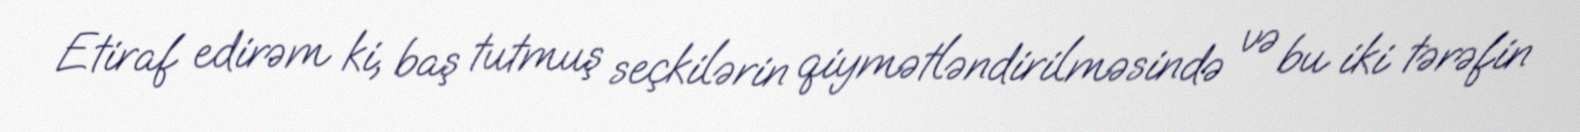
Etiraf edirəm ki, baş tutmuş seçkilərin qiymətləndirilməsində və bu iki tərəfin